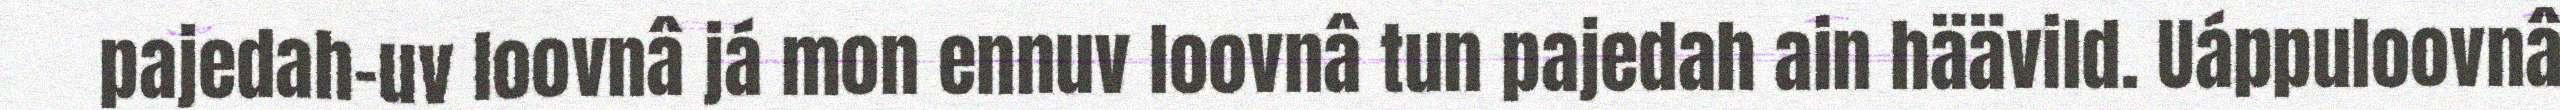
pajedah-uv loovnâ já mon ennuv loovnâ tun pajedah ain häävild. Uáppuloovnâ